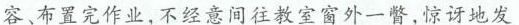
容、布置完作业,不经意间往教室窗外一瞥,惊讶地发